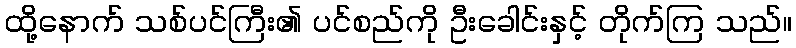
ထို့နောက် သစ်ပင်ကြီး၏ ပင်စည်ကို ဦးခေါင်းနှင့် တိုက်ကြ သည်။